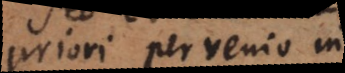
priori pervenio in